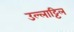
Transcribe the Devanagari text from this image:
उल्लाट्टिल